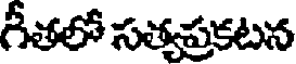
గీతలో సత్వప్రకటన